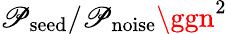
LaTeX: \mathscr{P}_{\mathrm{{seed}}}/\mathscr{P}_{\mathrm{{noise}}}\ggn^{2}